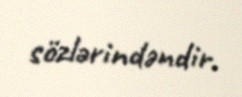
sözlərindəndir.